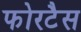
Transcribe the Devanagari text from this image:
फोरटैस